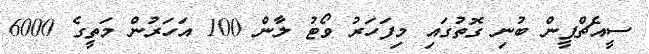
ސީއެޗްޕީން ބުނި ގޮތުގައި މިފަހަރު ވޯޓު ލާން 100 އަހަރުން މަތީގެ 6000